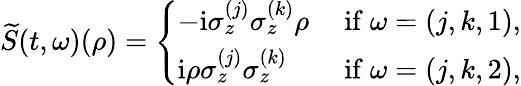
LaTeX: \widetilde{S}(t,\omega)({\rho})=\left\{ \begin{array}{ll}{-\mathrm{i}\sigma_{z}^{(j)}\sigma_{z}^{(k)}{\rho}}&{\mathrm{~if~}\omega=(j,k,1),}\\ {\mathrm{i}{\rho}\sigma_{z}^{(j)}\sigma_{z}^{(k)}}&{\mathrm{~if~}\omega=(j,k,2),}\end{array}\right.